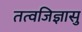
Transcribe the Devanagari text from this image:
तत्वजिज्ञासु